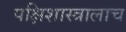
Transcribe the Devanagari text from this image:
पक्षिशास्त्रालाच